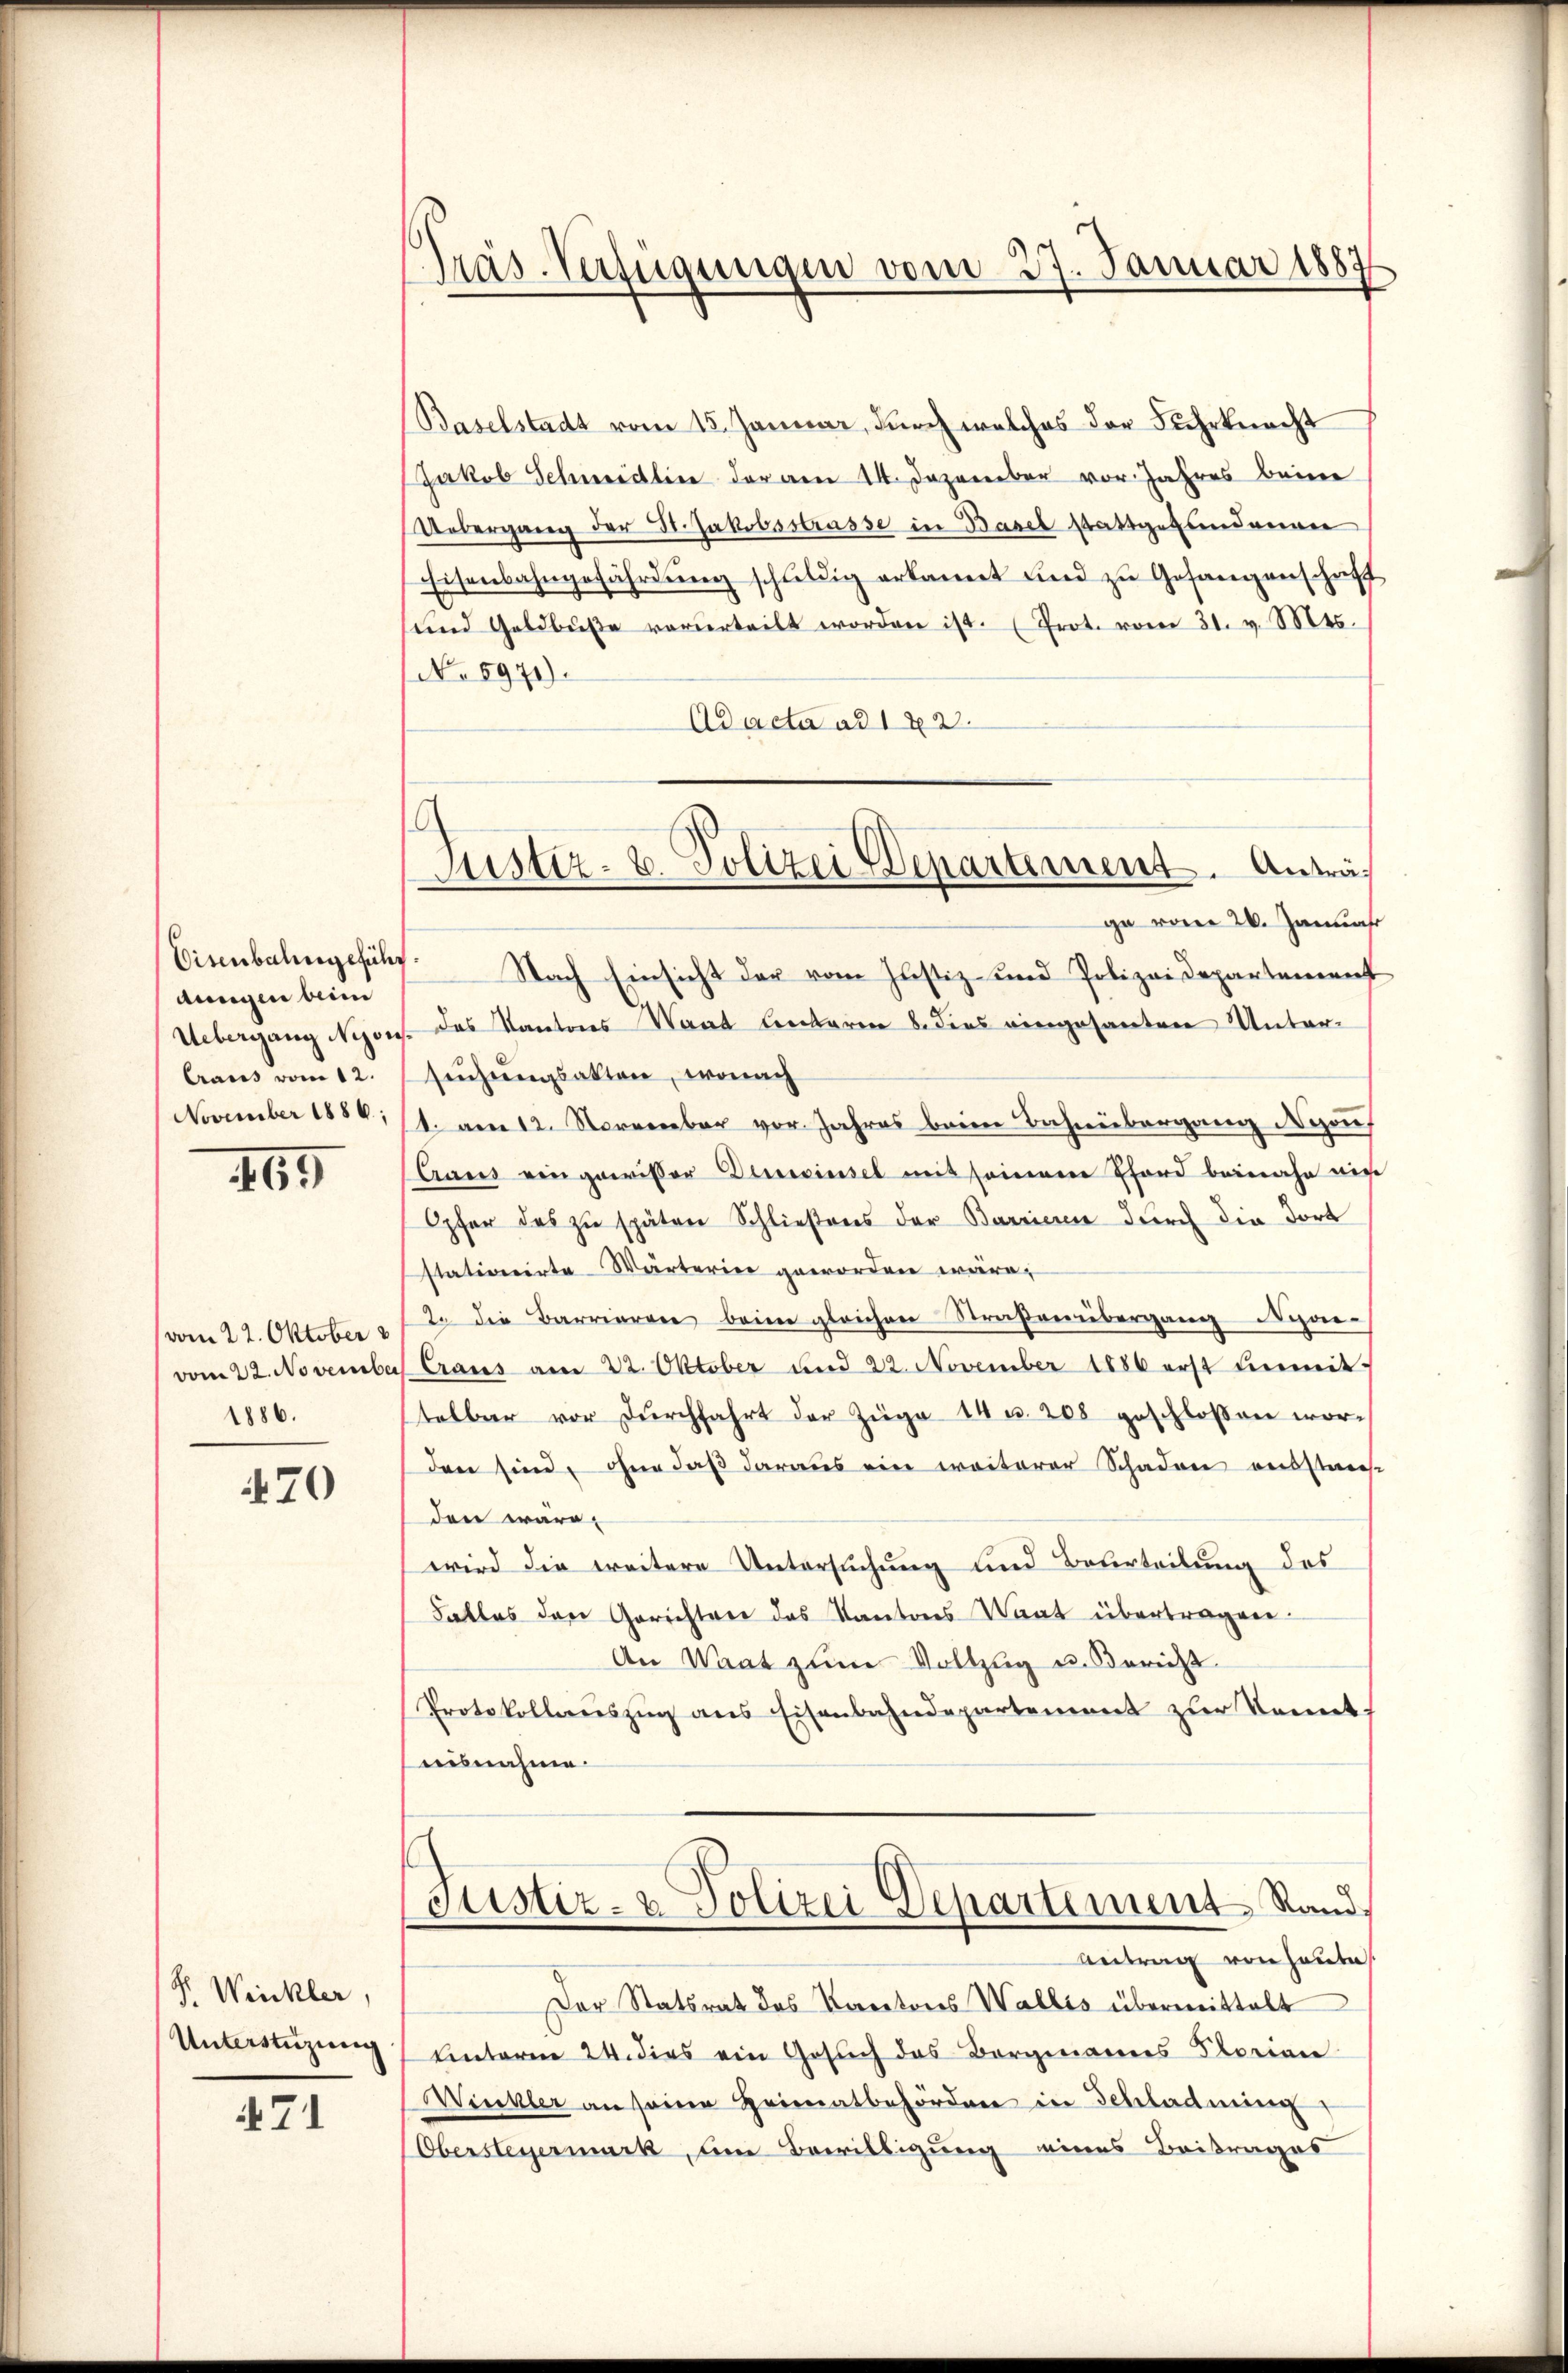
Eisenbahngeführ
dungen beim
Craus vom 12.
November 1886:

69

vom 22. Oktober
1886.

470

P. Winkler,
Unterstüzung

71

Präs. Verfügungen vom 27. Januar 1887

6
Justiz- 8. Polizei Departement. Anträge vom 20. Januar

Baselstadt vom 15. Januar, durch welches der Fuhrknacht
Jakob Schmidlin der am 14. Dezember vor. Jahres beime
Uebergang der St. Jakobsstrasse in Basel stattgefundenen
Eisenbahngefährdung schuldig erkannt und zu Gefangenschaft
ŭnd Geldbŭβe vorderteilt worden ist. (Prot. vom 31. v. Mts.
No 5971).
Ad acta ad 172.
Nach Einsicht der vom Justiz- und Polizeidepartement
Uebergang Nyon. das Kantons Wand unterm 8. dies eingesanten Unter-
suchungsakten, wonach
1. am 12. November vor. Jahres beim Bahnübergang zuf
Araus eingewisser Dessinsel mit seinem Bord beinahe mich
Opfer des zu späten Schließenes der Barrieren durch die Fort
stationirte Wärterin geworden wäre,
2. die Barrieren beim gleichen Straßenübergang Navom 22. November Craus am 22. Oktober und 22. November 1886 erst unmit
telbar vor dŭrchfahrt der Züge 14 u. 208 geschlossen worden sind, ohne daß daraus ein weiterer Schaden ausstens
den wäre
wird die weitere Untersuchung und Beurteilung des
Falles den Gerichten das Kantons Waat übertragen.
An Waat zum Vollzug u. Bericht
Protokollaŭszŭg ans Eisenbahndepartement zŭr konnt
isnahme.
Justiz- & Polizei Departement Stand,
Antrag von heute
Der Statsrat des Kantons Wallis übermittelt
Unterm 24. dies ein Gesŭch das Bergmannes Florian
Winkler an seine Heimatbehörden in Schladning
Obersteyermark, um Bewilligung eines Beitrages